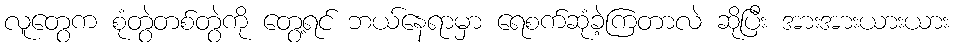
လူတွေက စုံတွဲတစ်တွဲကို တွေ့ရင် ဘယ်နေရာမှာ ရေစက်ဆုံခဲ့ကြတာလဲ ဆိုပြီး အားအားယားယား